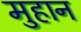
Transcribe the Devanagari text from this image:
मुहान